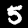
Label: 5